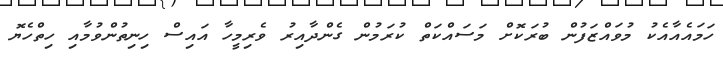
ހަމައެއާއެކު މުވައްޒަފުން ބުރަކޮށް މަސައްކަތް ކުރަމުން ގެންދާއިރު ވެރިމީހާ އައިސް ހިނިތުންވުމާއި ހިތްހެޔޮ